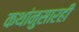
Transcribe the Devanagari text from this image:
कथांनुसारही